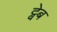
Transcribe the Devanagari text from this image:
ट्वेब